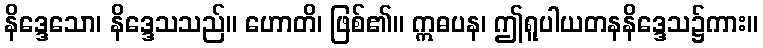
နိဒ္ဒေသော၊ နိဒ္ဒေသသည်။ ဟောတိ၊ ဖြစ်၏။ ဣဓပန၊ ဤရူပါယတနနိဒ္ဒေသ၌ကား။